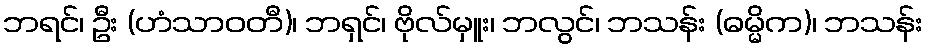
ဘရင်၊ ဦး (ဟံသာဝတီ)၊ ဘရှင်၊ ဗိုလ်မှူး၊ ဘလွင်၊ ဘသန်း (ဓမ္မိက)၊ ဘသန်း